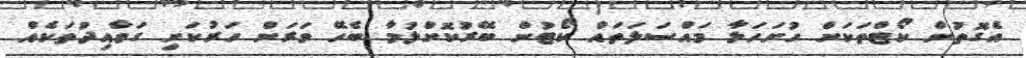
އެގޮތުން ކޯޓްތަކަށް ހުށަހަޅާ މައްސަލަތައް ކޯޓުން ބޭރުކޮށްލުމާ ބެހޭ ވަރަށް ހަރުކަށި ގަވާއިދުތަކެއް